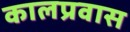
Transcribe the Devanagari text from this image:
कालप्रवास